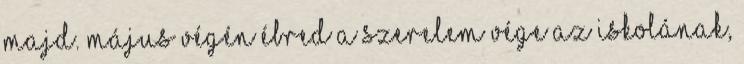
majd. Május végén ébred a szerelem Vége az iskolának,